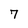
Character: 7